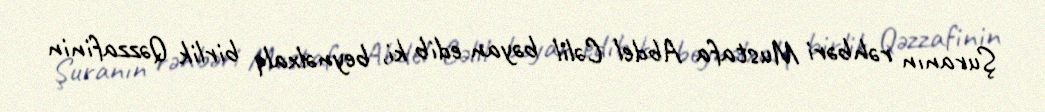
Şuranın rəhbəri Mustafa Abdel Cəlil bəyan edib ki, beynəlxalq birlik Qəzzafinin